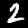
Label: 2